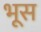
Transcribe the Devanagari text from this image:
भूस